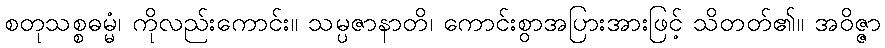
စတုသစ္စဓမ္မံ၊ ကိုလည်းကောင်း။ သမ္ပဇာနာတိ၊ ကောင်းစွာအပြားအားဖြင့် သိတတ်၏။ အဝိဇ္ဇာ